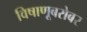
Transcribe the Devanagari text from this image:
विषाणूबरोबर